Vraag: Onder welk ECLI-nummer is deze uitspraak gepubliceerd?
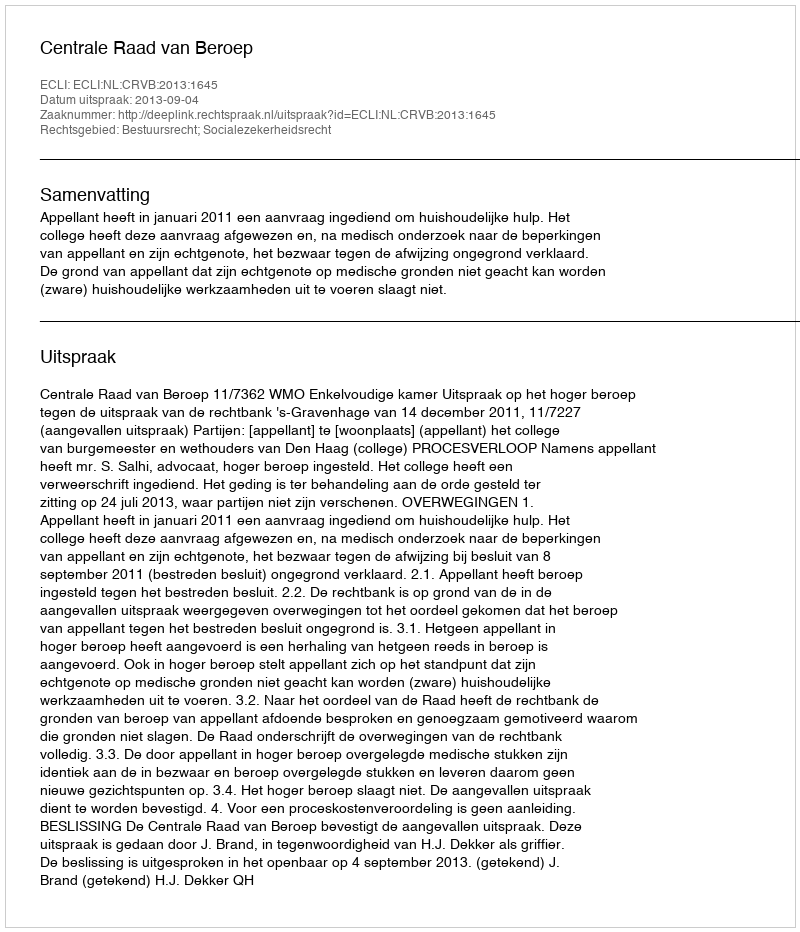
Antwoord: ECLI:NL:CRVB:2013:1645